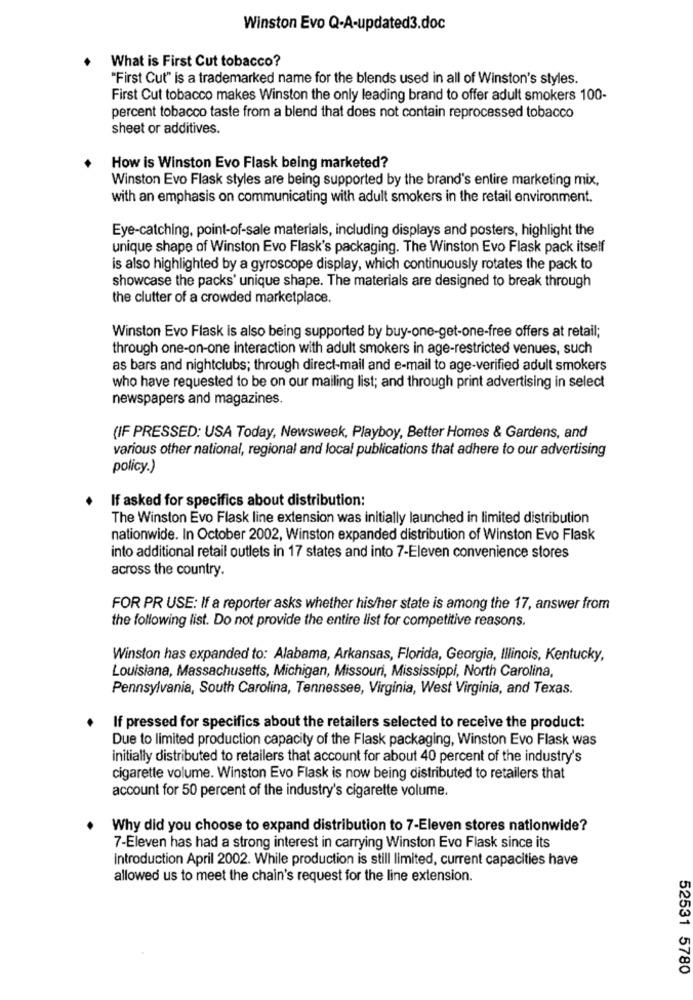
Winston Evo Q-A-updated3.doc
What is First Cut tobacco?
"First Cut" is a trademarked name for the blends used in all of Winston's styles.
First Cut tobacco makes Winston the only leading brand to offer adult smokers 100-
percent tobacco taste from a blend that does not contain reprocessed tobacco
sheet or additives.
How is Winston Evo Flask being marketed?
Winston Evo Flask styles are being supported by the brand's entire marketing mix,
with an emphasis on communicating with adult smokers in the retail environment.
Eye-catching, point-of-sale materials, including displays and posters, highlight the
unique shape of Winston Evo Flask's packaging. The Winston Evo Flask pack itself
is also highlighted by a gyroscope display, which continuously rotates the pack to
showcase the packs' unique shape. The materials are designed to break through
the clutter of a crowded marketplace.
Winston Evo Flask is also being supported by buy-one-get-one-free offers at retail;
through one-on-one interaction with adult smokers in age-restricted venues, such
as bars and nightclubs; through direct-mail and e-mail to age-verified adult smokers
who have requested to be on our mailing list; and through print advertising in select
newspapers and magazines.
(IF PRESSED: USA Today, Newsweek, Playboy, Better Homes & Gardens, and
various other national, regional and local publications that adhere to our advertising
policy.)
If asked for specifics about distribution:
The Winston Evo Flask line extension was initially launched in limited distribution
nationwide. In October 2002, Winston expanded distribution of Winston Evo Flask
into additional retail outlets in 17 states and into 7-Eleven convenience stores
across the country.
FOR PR USE: If a reporter asks whether his/her state is among the 17, answer from
the following list. Do not provide the entire list for competitive reasons.
Winston has expanded to: Alabama, Arkansas, Florida, Georgia, Illinois, Kentucky,
Louisiana, Massachusetts, Michigan, Missouri, Mississippi, North Carolina,
Pennsylvania, South Carolina, Tennessee, Virginia, West Virginia, and Texas.
If pressed for specifics about the retailers selected to receive the product:
Due to limited production capacity of the Flask packaging, Winston Evo Flask was
initially distributed to retailers that account for about 40 percent of the industry's
cigarette volume. Winston Evo Flask is now being distributed to retailers that
account for 50 percent of the industry's cigarette volume.
Why did you choose to expand distribution to 7-Eleven stores nationwide?
7-Eleven has had a strong interest in carrying Winston Evo Flask since its
introduction April 2002. While production is still limited, current capacities have
allowed us to meet the chain's request for the line extension.
52531 5780